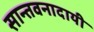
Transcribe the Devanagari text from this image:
सान्तवनादायी